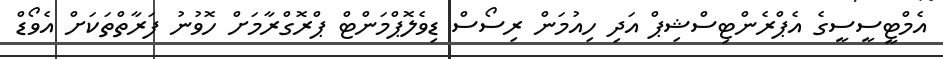
އެމްޓީސީސީގެ އެޕްރެންޓިސްޝިޕް އަދި ހިއުމަން ރިސޯސް ޑިވެލޮޕްމަންޓް ޕްރޮގްރާމަށް ހޮވުނު ފަރާތްތަކަށް އެވޯޑް